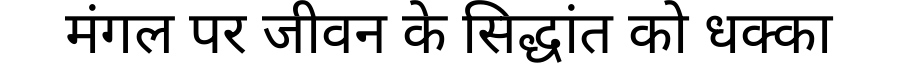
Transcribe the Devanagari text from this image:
मंगल पर जीवन के सिद्धांत को धक्का